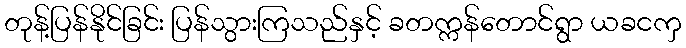
တုန့်ပြန်နိုင်ခြင်း ပြန်သွားကြသည်နှင့် ခတက္ကန်တောင်ရွာ ယခငကှ